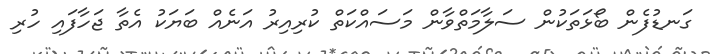
ގަނޑުފެން ބޯޅަތަކުން ސަލާމަތްވާން މަސައްކަތް ކުރިއިރު އަނެއް ބަޔަކު އެތާ ޖަހާފައި ހުރި